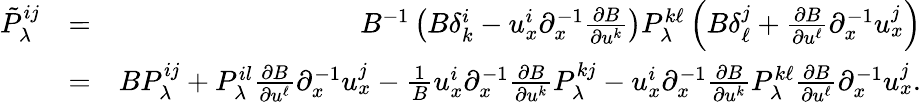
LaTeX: \begin{array}{rlr}{\tilde{P}_{\lambda}^{ij}}&{=}&{B^{-1}\left(B\delta_{k}^{i}-u_{x}^{i}{\partial}_{x}^{-1}\frac{{\partial}B}{{\partial}u^{k}}\right)P_{\lambda}^{k\ell}\left(B\delta_{\ell}^{j}+\frac{{\partial}B}{{\partial}u^{\ell}}{\partial}_{x}^{-1}u_{x}^{j}\right)}\\ &{=}&{BP_{\lambda}^{ij}+P_{\lambda}^{il}\frac{{\partial}B}{{\partial}u^{\ell}}{\partial}_{x}^{-1}u_{x}^{j}-\frac{1}{B}u_{x}^{i}{\partial}_{x}^{-1}\frac{{\partial}B}{{\partial}u^{k}}P_{\lambda}^{kj}-u_{x}^{i}{\partial}_{x}^{-1}\frac{{\partial}B}{{\partial}u^{k}}P_{\lambda}^{k\ell}\frac{{\partial}B}{{\partial}u^{\ell}}{\partial}_{x}^{-1}u_{x}^{j}.}\end{array}